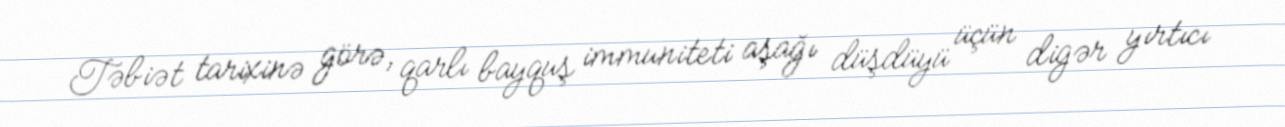
Təbiət tarixinə görə, qarlı bayquş immuniteti aşağı düşdüyü üçün digər yırtıcı